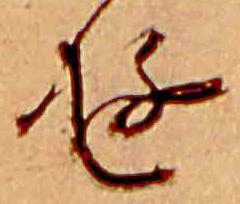
ゆ